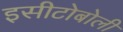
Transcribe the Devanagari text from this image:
इसीटोबोली